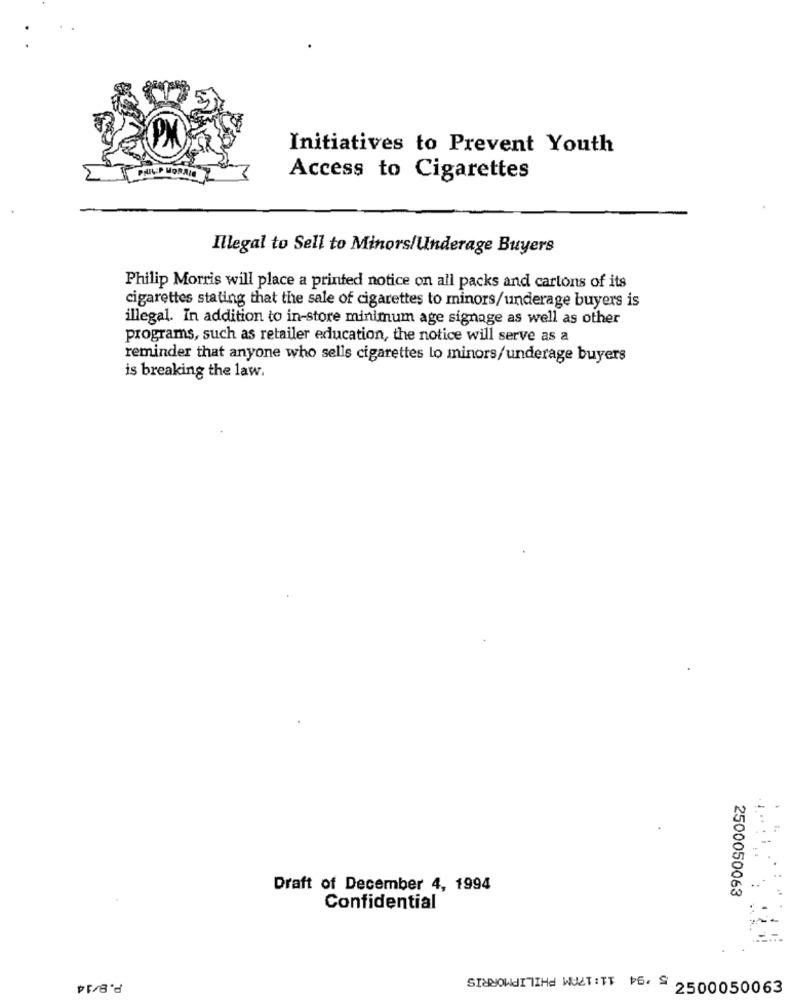
Initiatives to Prevent Youth
Access to Cigarettes
Illegal to Sell to Minors/Underage Buyers
Philip Morris will place a printed notice on all packs and cartons of its
cigarettes stating that the sale of cigarettes to minors/underage buyers is
illegal. In addition to in-store minimum age signage as well as other
programs, such as retailer education, the notice will serve as a
reminder that anyone who sells cigarettes lo minors/underage buyers
is breaking the law.
Draft of December 4, 1994
2500050063
Confidential
P.8/14
SINowar TIHa WULTITT 6. S 2500050063